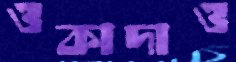
ওকাদাও